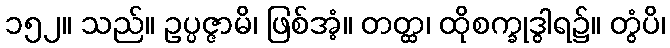
၁၅၂။ သည်။ ဥပ္ပဇ္ဇာမိ၊ ဖြစ်အံ့။ တတ္ထ၊ ထိုစက္ခုဒွါရ၌။ တွံပိ၊